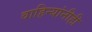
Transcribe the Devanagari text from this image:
वाहिन्यांनीही